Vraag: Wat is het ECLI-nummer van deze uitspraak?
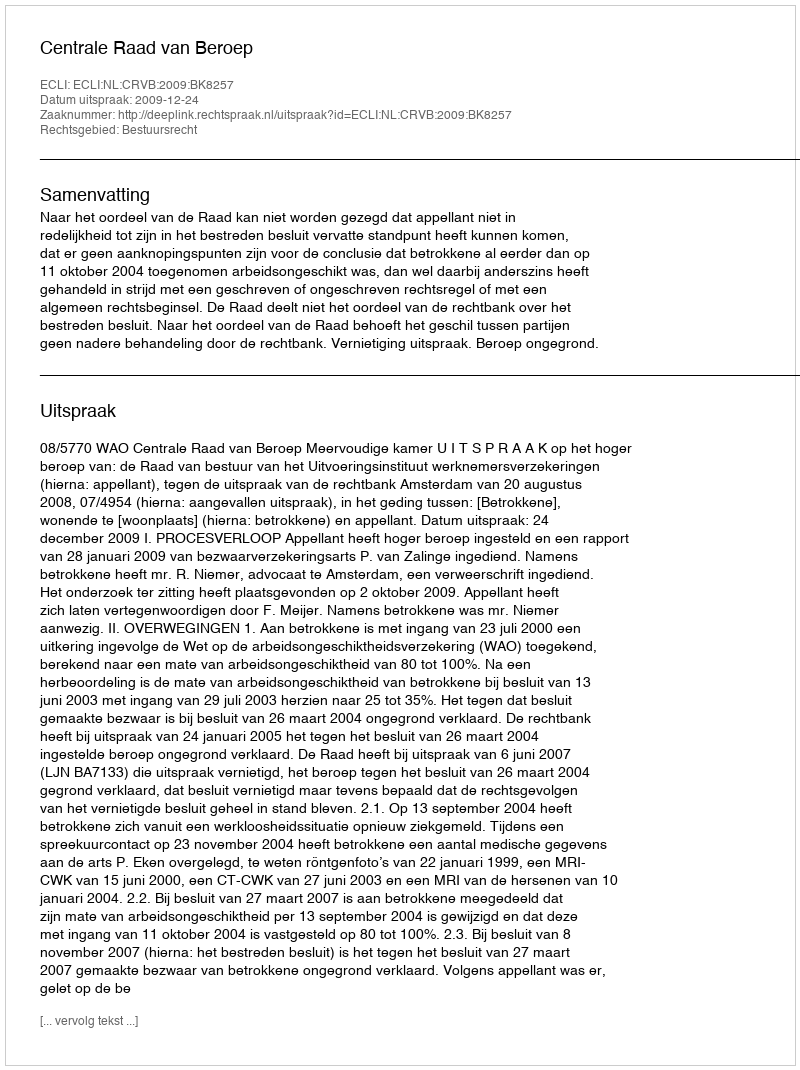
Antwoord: ECLI:NL:CRVB:2009:BK8257